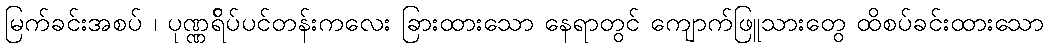
မြက်ခင်းအစပ် ၊ ပုဏ္ဏရ်ိပ်ပင်တန်းကလေး ခြားထားသော နေရာတွင် ကျောက်ဖြူသားတွေ ထိစပ်ခင်းထားသော